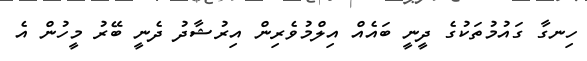
ހިނގާ ގައުމުތަކުގެ ދީނީ ބައެއް އިލްމުވެރިން އިރުޝާދު ދެނީ ބޭރު މީހުން އެ